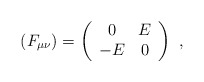
\begin{align*}(F_{\mu\nu})=\left(\begin{array}{cc}0&E\\-E&0\end{array}\right)\ ,\end{align*}